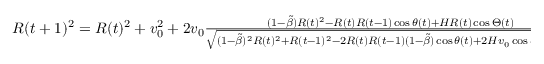
\begin{array} { r } { R ( t + 1 ) ^ { 2 } = R ( t ) ^ { 2 } + v _ { 0 } ^ { 2 } + 2 v _ { 0 } \frac { ( 1 - \tilde { \beta } ) R ( t ) ^ { 2 } - R ( t ) R ( t - 1 ) \cos \theta ( t ) + H R ( t ) \cos \Theta ( t ) } { \sqrt { ( 1 - \tilde { \beta } ) ^ { 2 } R ( t ) ^ { 2 } + R ( t - 1 ) ^ { 2 } - 2 R ( t ) R ( t - 1 ) ( 1 - \tilde { \beta } ) \cos \theta ( t ) + 2 H v _ { 0 } \cos \phi ( t ) + H ^ { 2 } } } , } \end{array}